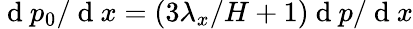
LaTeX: \mathrm{~d~}p_{0}/\mathrm{~d~}x=(3\lambda_{x}/H+1)\mathrm{~d~}p/\mathrm{~d~}x